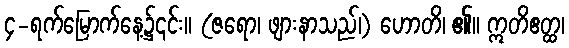
၄-ရက်မြောက်နေ့၌၎င်း။ (ဇရော၊ ဖျားနာသည်၊) ဟောတိ၊ ၏။ ဣတိဧတ္ထ၊